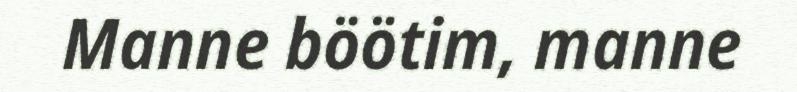
Manne böötim, manne